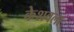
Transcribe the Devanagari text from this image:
केशवला